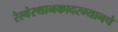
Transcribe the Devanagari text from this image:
रेल्वेस्थानकादरम्यानचे